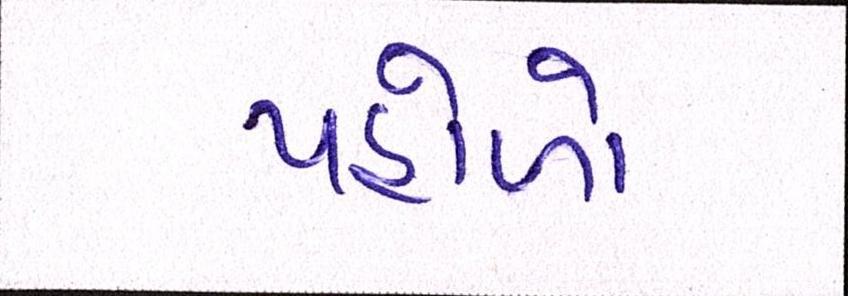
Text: પહોળો